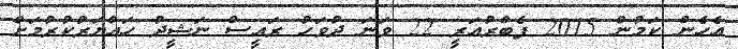
އެހެން ކަމުން 2015 ފެބްރުއަރީ 22 ވަނަ ދުވަހު ރައީސް ނަޝީދު ހައްޔަރުކުރުމަށް